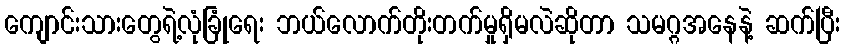
ကျောင်းသားတွေရဲ့လုံခြုံရေး ဘယ်လောက်တိုးတက်မှုရှိမလဲဆိုတာ သမဂ္ဂအနေနဲ့ ဆက်ပြီး